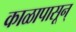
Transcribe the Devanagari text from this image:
काळापासून्